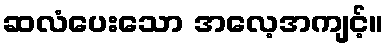
ဆလံပေးသော အလေ့အကျင့်။